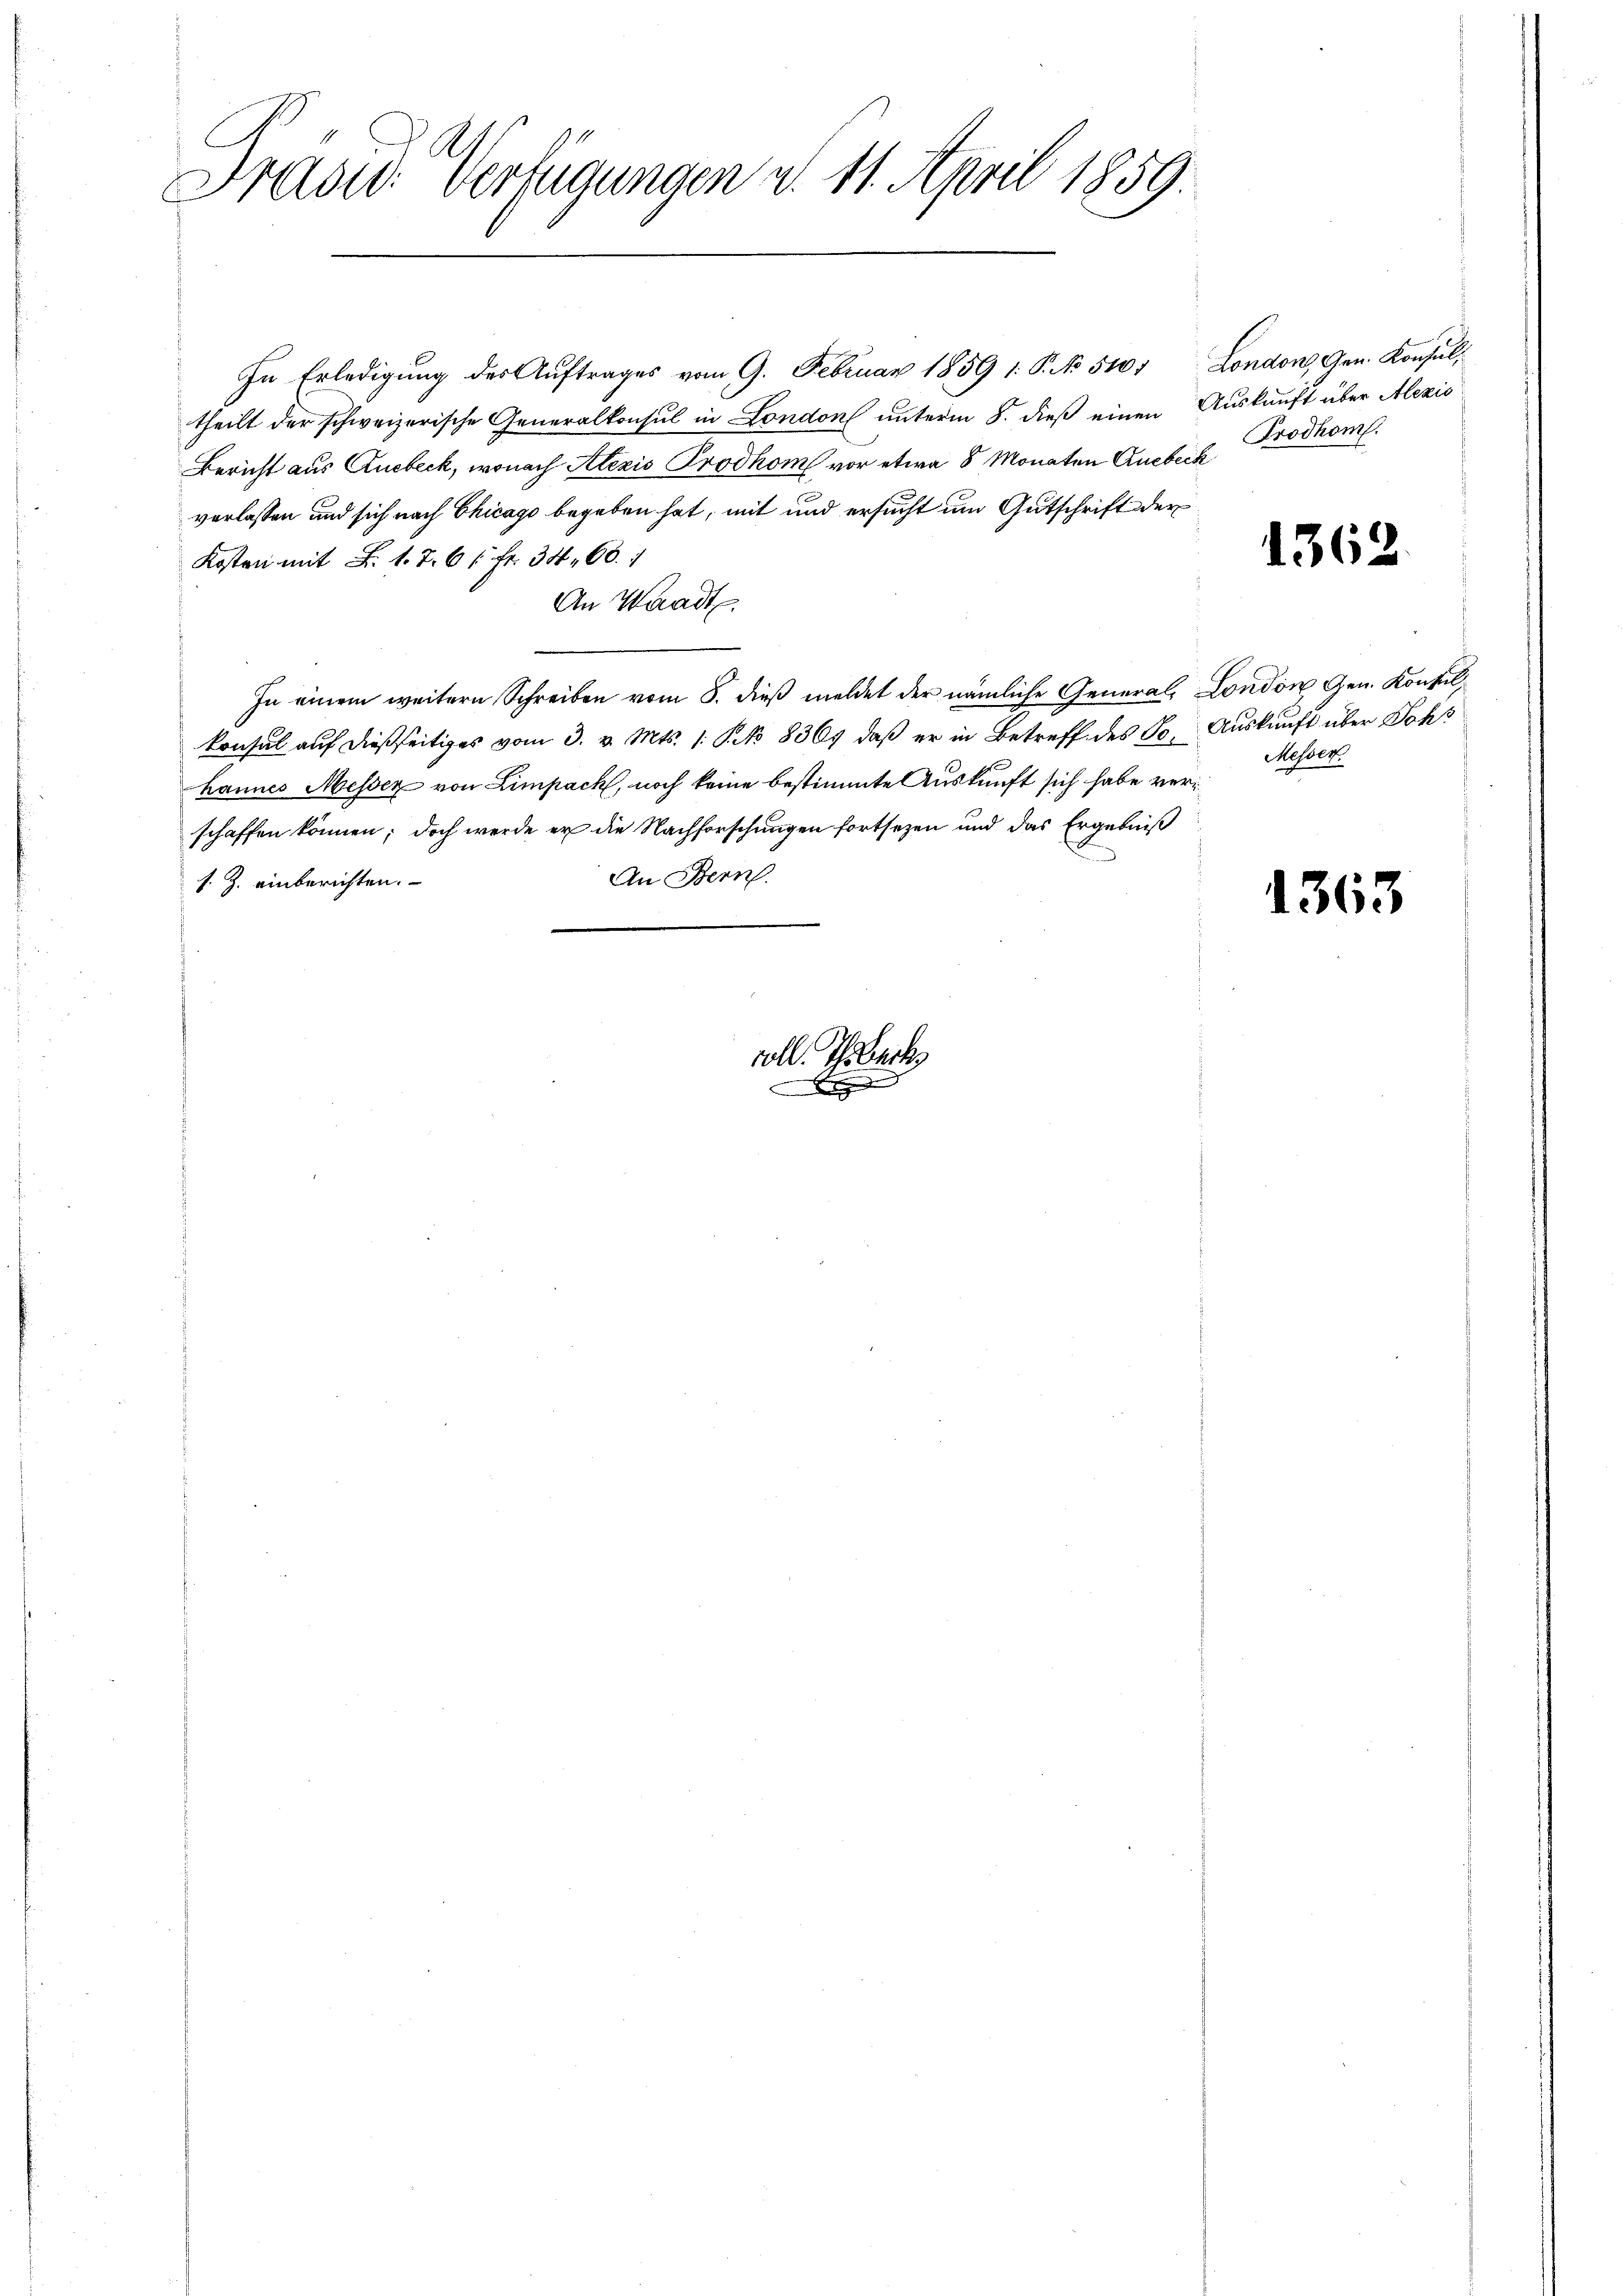
Präsid. Verfügungen d. 11. April 1859.

In Erledigung des Auftrages vom 9. Februar 1859 1: P. No 510. London, Gen. Konsultheilt der schweizerische Generalkonsul in London unterm 8. dieß einen Auskunft über Alexio
Bericht aus Ausbeck, wonach Alezis Prodhom vor etwa 8 Monaten Quebeck
verlassen und sich nach Chicago begeben hat, mit und ersucht um Gutschrift der
Kosten mit F. 1. 76 f. Fr. 34. 66. 1
An Waadt.
In einem weitern Schreiben vom 8. dieß meldet der nämliche General, London Gen. Konsulkonsul aŭf dießseitiges vom 3. v. Mts. 1. No 836. daβ er in Betreff des So. Aŭskŭnft über Johs
hannes Messez von Limpach, noch keine bestimmte Auskunft sich habe verschaffen können; doch werde er die Nachforschungen fortsezen und das Ergebniß
An Bern.
s. Z. einberichten.

voll. Weberk
 Eigen und

Prodhom.

1362.

Messen.

1363